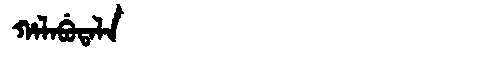
Manchu: ᡥᠠᠯᠠᠪᡠᡨᠠᠯᠠ
Romanization: HALABUTALA